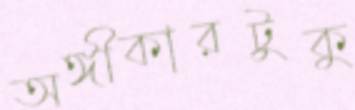
অঙ্গীকারটুকু